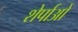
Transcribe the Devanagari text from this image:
शेर्पाओ